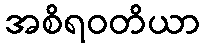
အစိရဝတိယာ